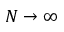
N \rightarrow \infty